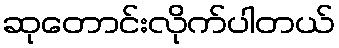
ဆုတောင်းလိုက်ပါတယ်